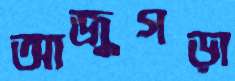
আজুগড়া